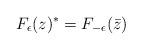
LaTeX: \begin{align*} F_{\epsilon}(z)^* = F_{-\epsilon} (\bar{z}) \end{align*}